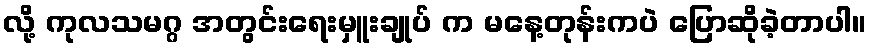
လို့ ကုလသမဂ္ဂ အတွင်းရေးမှူးချုပ် က မနေ့တုန်းကပဲ ပြောဆိုခဲ့တာပါ။